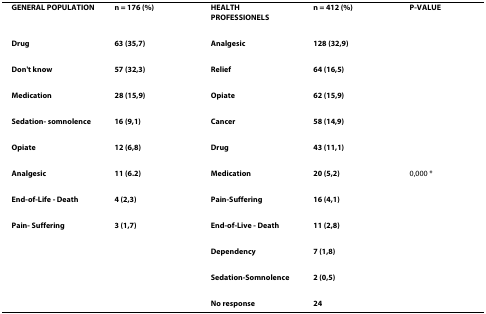
<table><thead><tr><td><b>GENERAL POPULATION</b></td><td><b>n = 176 (%)</b></td><td><b>HEALTH PROFESSIONELS</b></td><td><b>n = 412 (%)</b></td><td><b>P-VALUE</b></td></tr></thead><tbody><tr><td><b>Drug</b></td><td><b>63 (35,7)</b></td><td><b>Analgesic</b></td><td><b>128 (32,9)</b></td><td></td></tr><tr><td><b>Don&#x27;t know</b></td><td><b>57 (32,3)</b></td><td><b>Relief</b></td><td><b>64 (16,5)</b></td><td></td></tr><tr><td><b>Medication</b></td><td><b>28 (15,9)</b></td><td><b>Opiate</b></td><td><b>62 (15,9)</b></td><td></td></tr><tr><td><b>Sedation- somnolence</b></td><td><b>16 (9,1)</b></td><td><b>Cancer</b></td><td><b>58 (14,9)</b></td><td></td></tr><tr><td><b>Opiate</b></td><td><b>12 (6,8)</b></td><td><b>Drug</b></td><td><b>43 (11,1)</b></td><td></td></tr><tr><td><b>Analgesic</b></td><td><b>11 (6.2)</b></td><td><b>Medication</b></td><td><b>20 (5,2)</b></td><td>0,000 *</td></tr><tr><td><b>End-of-Life - Death</b></td><td><b>4 (2,3)</b></td><td><b>Pain-Suffering</b></td><td><b>16 (4,1)</b></td><td></td></tr><tr><td><b>Pain- Suffering</b></td><td><b>3 (1,7)</b></td><td><b>End-of-Live - Death</b></td><td><b>11 (2,8)</b></td><td></td></tr><tr><td></td><td></td><td><b>Dependency</b></td><td><b>7 (1,8)</b></td><td></td></tr><tr><td></td><td></td><td><b>Sedation-Somnolence</b></td><td><b>2 (0,5)</b></td><td></td></tr><tr><td></td><td></td><td><b>No response</b></td><td><b>24</b></td><td></td></tr></tbody></table>